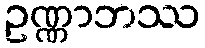
ဥဏ္ဏာဘဿ